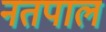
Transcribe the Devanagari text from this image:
नतपाल